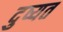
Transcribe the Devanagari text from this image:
दुष्यत